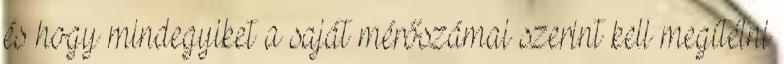
és hogy mindegyiket a saját mérőszámai szerint kell megítélni